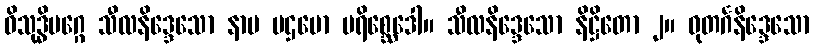
ဝိသုဒ္ဓိမဂ္ဂေ သီလနိဒ္ဒေသော နာမ ပဌမော ပရိစ္ဆေဒေါ။ သီလနိဒ္ဒေသော နိဋ္ဌိတော ၂။ ဓုတင်္ဂနိဒ္ဒေသော